Punjab Mental Hospital Lahore 1922-31 - 1922-1931
Year: 1922
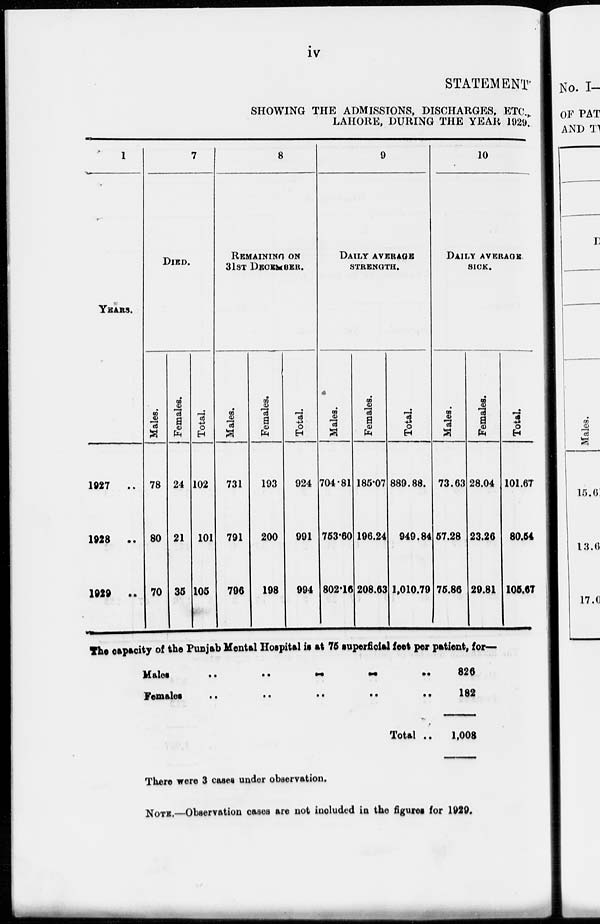
iv
STATEMENT
SHOWING THE ADMISSIONS, DISCHARGES, ETC.,
LAHORE, DURING THE YEAR 1929.
1
YEARS.
1927 ..
1928
..
1929 ..
7
DIED.
Males.
78
80
70
Females.
24
21
35
Total.
102
101
105
8
REMAINING ON
31ST DECEMBER.
Males.
731
791
796
Females.
193
200
198
Total.
924
991
994
9
DAILY AVERAGE
STRENGTH.
Males.
704.81
753.60
802.16
Females.
185.07
196.24
208.63
Total.
889.88.
949.84
1,010.79
10
DAILY AVERAGE
SICK.
Males.
73.63
57.28
75.86
Females.
28.04
23.26
29.81
Total.
101.67
80.54
105.67
The capacity of the Punjab Mental Hospital is at 76 superficial feet per patient, for—
Males
Females
.. .. .. .. ..
.. .. .. .. ..
Total ..
826
182
1,008
There were 3 cases under observation.
NOTE.—Observation cases are not included in the figures for 1929.